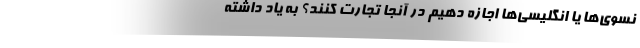
نسوی‌ها یا انگلیسی‌ها اجازه دهیم در آنجا تجارت کنند؟ به یاد داشته